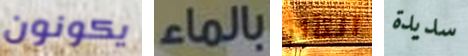
يكونون بالماء التأثر سديدة